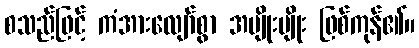
စသည်ဖြင့် ကံအားလျော်စွာ အမျိုးမျိုး ဖြစ်ကုန်၏။